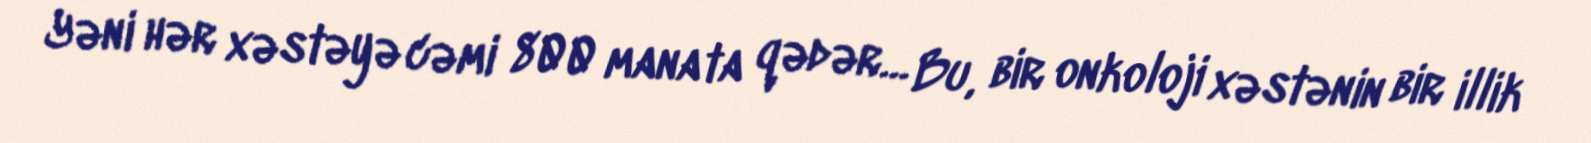
Yəni hər xəstəyə cəmi 800 manata qədər… Bu, bir onkoloji xəstənin bir illik